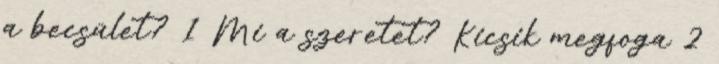
a becsület? 1 Mi a szeretet? Kicsik megfoga 2